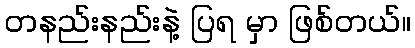
တနည်းနည်းနဲ့ ပြရ မှာ ဖြစ်တယ်။